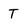
Character: T